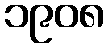
၁၉၀၈